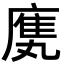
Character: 𫷿